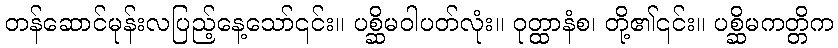
တန်ဆောင်မုန်းလပြည့်နေ့သော်၎င်း။ ပစ္ဆိမဝါပတ်လုံး။ ဝုတ္ထာနံစ၊ တို့၏၎င်း။ ပစ္ဆိမကတ္တိက